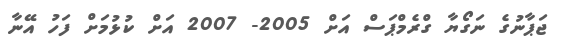
ޖަޕާނުގެ ނަގޯޔާ ގްރެމްޕަސް އަށް 2005- 2007 އަށް ކުޅުމަށް ފަހު އޭނާ